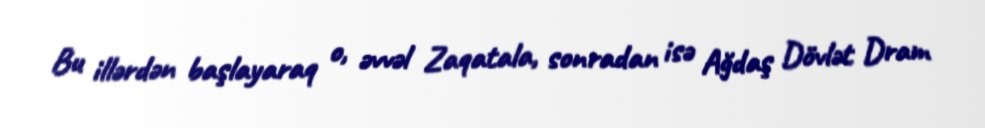
Bu illərdən başlayaraq o, əvvəl Zaqatala, sonradan isə Ağdaş Dövlət Dram